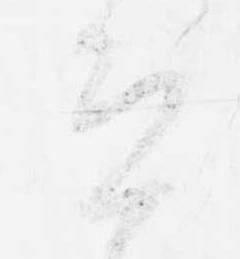
恐